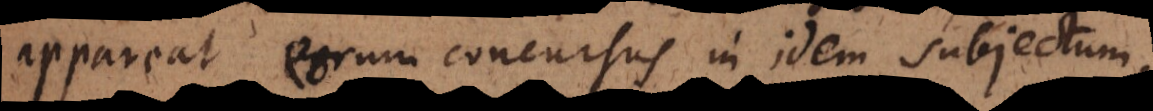
appareat eorum concursus in idem objectum,